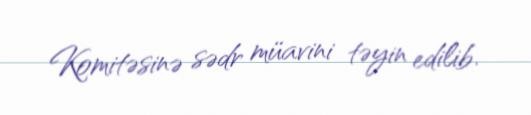
Komitəsinə sədr müavini təyin edilib.